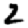
Digit: 2